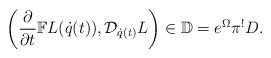
LaTeX: \begin{align*} \left(\frac{\partial }{\partial t}\mathbb FL(\dot q(t)), \mathcal D_{\dot q(t)}L\right)\in \mathbb D=e^\Omega\pi^!D. \end{align*}